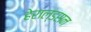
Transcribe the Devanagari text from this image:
हेराल्डसन